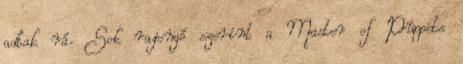
adtak rá. Sok rajongó szerint a Master of Puppets